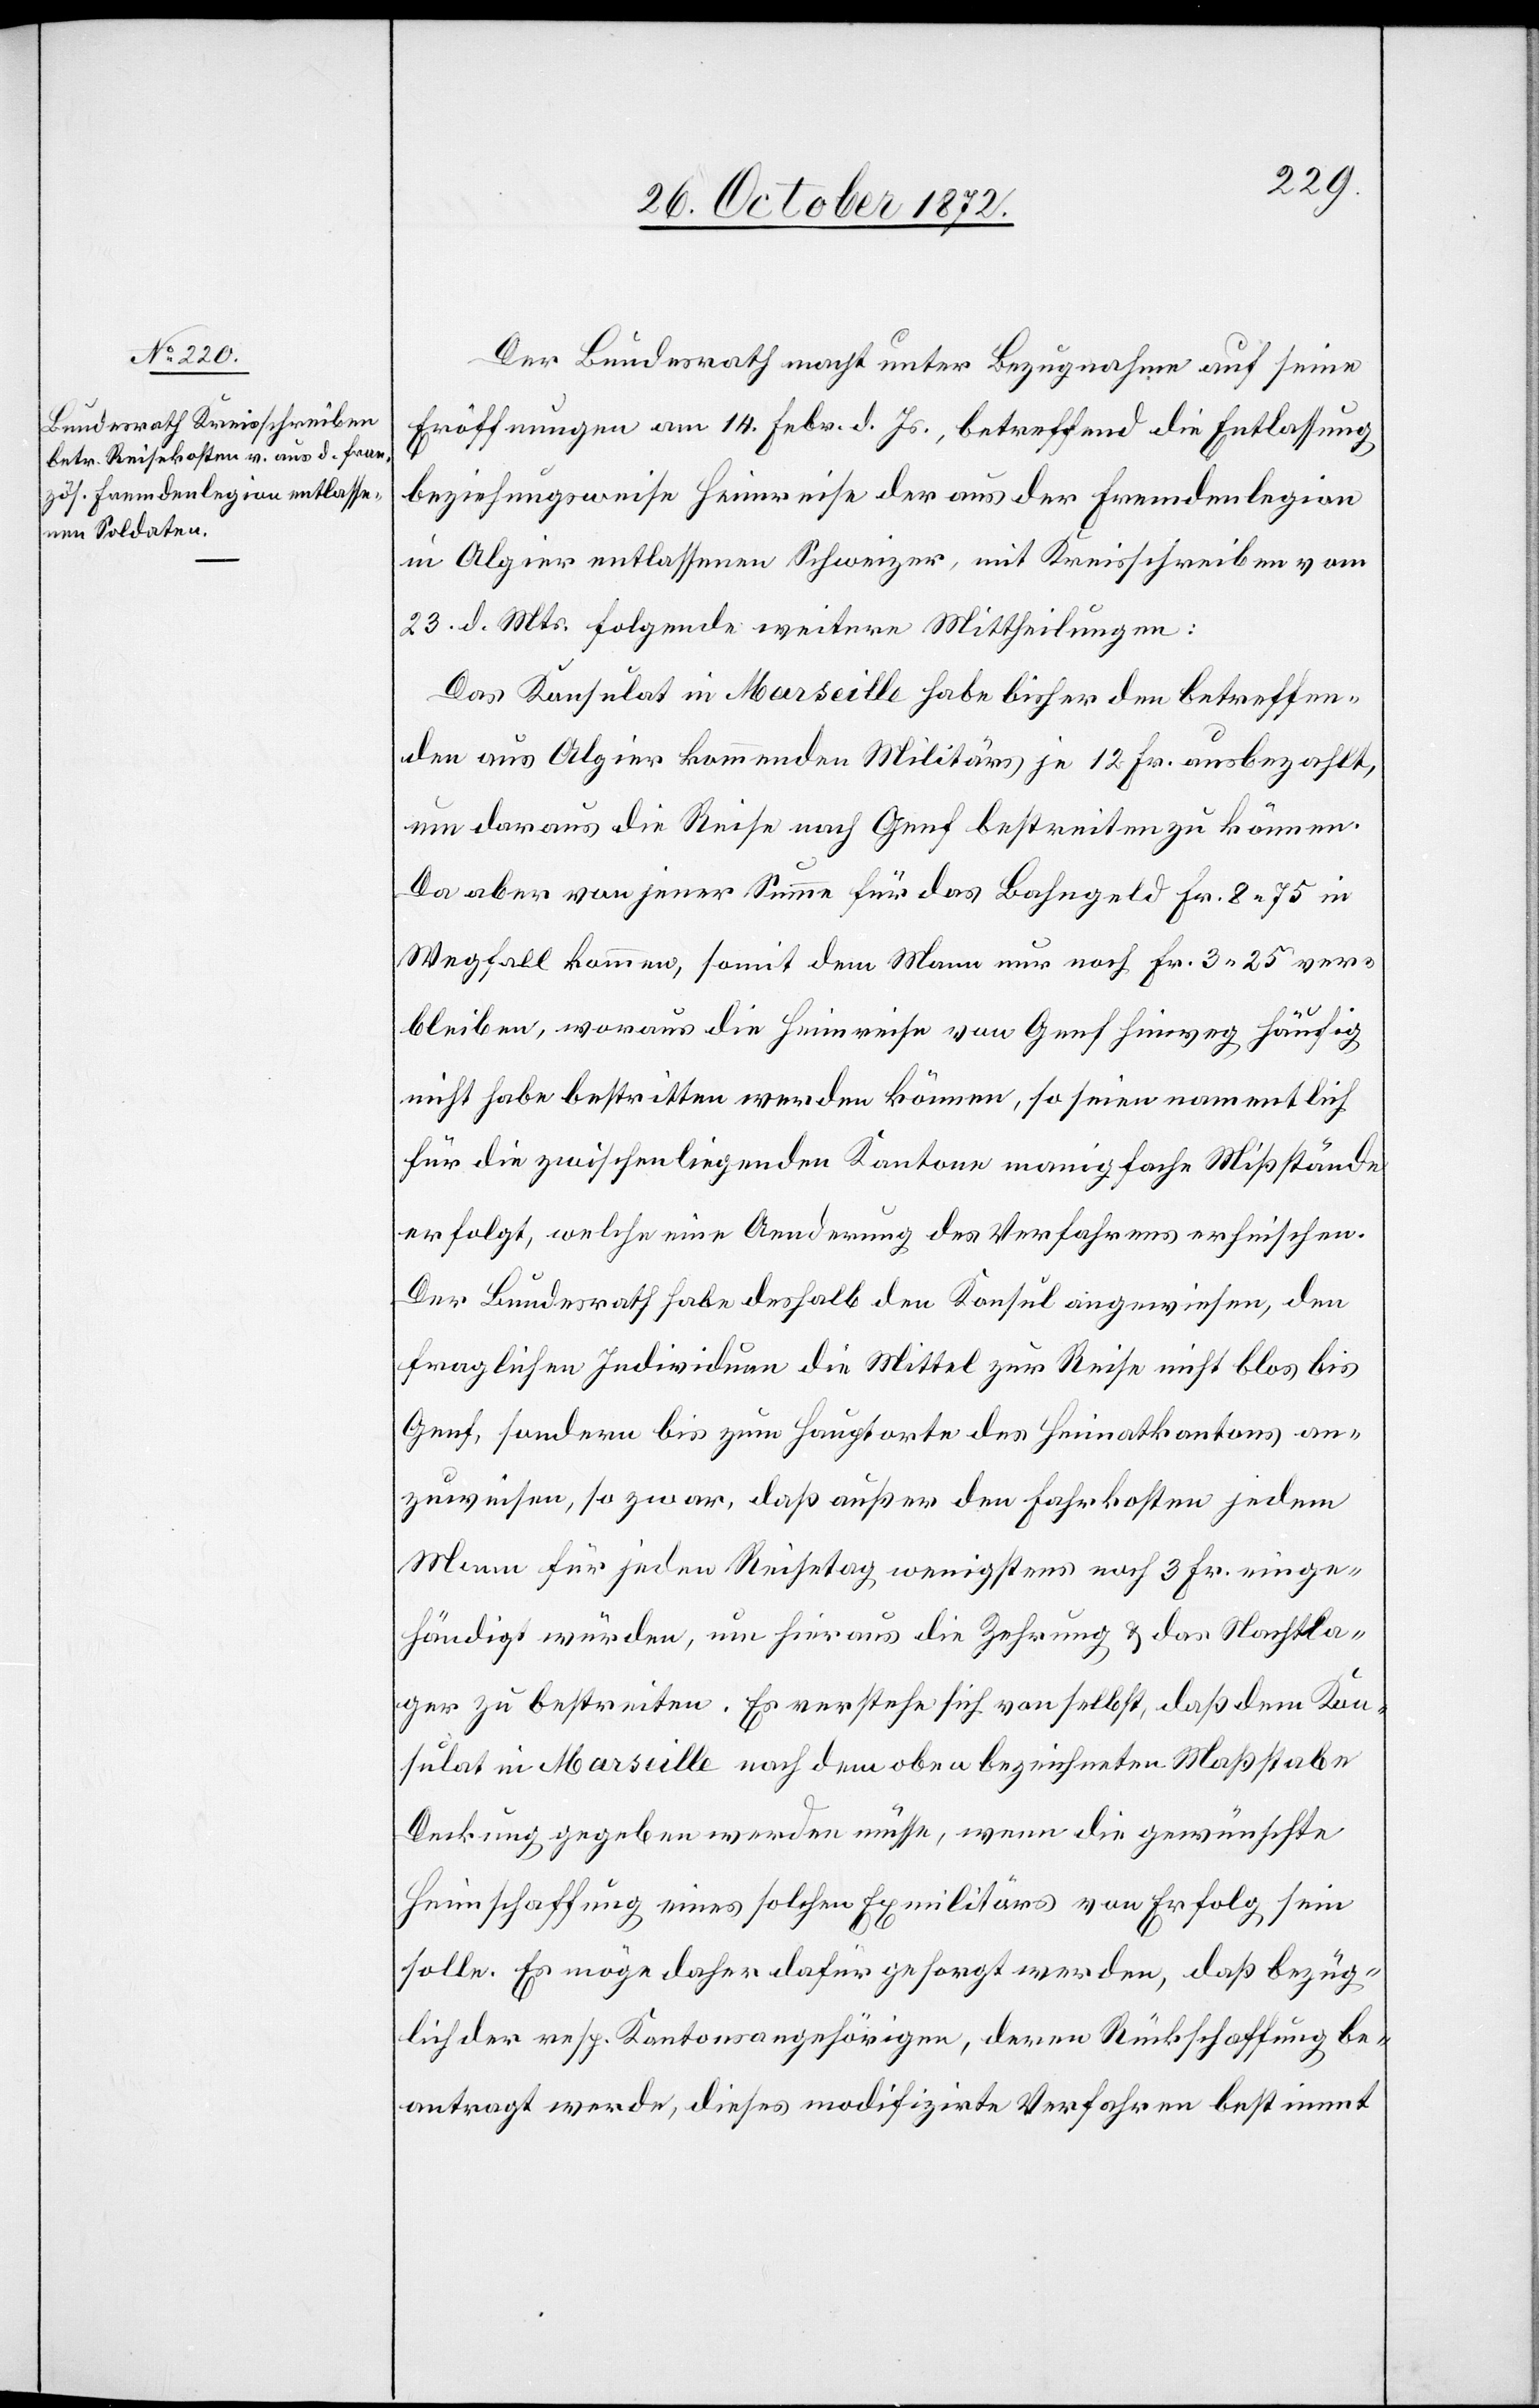
30. October 1872.]
Der Bundesrath macht unter Bezugnahme auf seine
Eröffnungen am 14. Febr. d. Js., betreffend die Entlassung
beziehungsweise Heimreise der aus der Fremdenlegion
in Algier entlassenen Schweizer, mit Kreisschreiben vom
23. d. Mts. folgende weitere Mittheilungen:
Das Konsulat in Marseille habe bisher den betreffen¬
den aus Algier kommenden Militärs je 12 Fr. ausbezahlt,
um daraus die Reise nach Genf bestreiten zu können.
Da aber von jener Summe für das Bahngeld Fr. 8 75 in
Wegfall kommen, somit dem Mann nur noch Fr. 3 25 ver¬
bleiben, woraus die Heimreise von Genf hinweg häufig
nicht habe bestritten werden können, so seien namentlich
für die zwischenliegenden Kantone manigfache Mißstände
erfolgt, welche eine Aenderung des Verfahrens erheischen.
Der Bundesrath habe deshalb den Konsul angewiesen, den
fraglichen Individuen die Mittel zur Reise nicht blos bis
Genf, sondern bis zum Hauptorte des Heimatkantons an¬
zuweisen, so zwar, daß außer den Fahrkosten jedem
Mann für jeden Reisetag wenigstens noch 3 Fr. einge¬
händigt würden, um hieraus die Zehrung u. das Nachtla¬
ger zu bestreiten. Es verstehe sich von selbst, daß dem Kon¬
sulat in Marseille nach dem oben bezeichneten Maßstabe
Deckung gegeben werden müsse, wenn die gewünschte
Heimschaffung eines solchen Exmilitärs von Erfolg sein
solle. Es möge daher dafür gesorgt werden, daß bezüg¬
lich der resp. Kantonsangehörigen, deren Rückschaffung be¬
antragt werde, dieses modifizirte Verfahren bestimmt